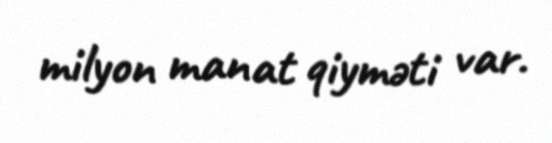
milyon manat qiyməti var.